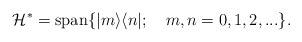
\begin{align*}\mathcal{H}^{*}=\mathrm{span}\{|m\rangle \langle n|;\quad m,n=0,1,2,...\}.\end{align*}